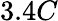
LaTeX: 3.4C